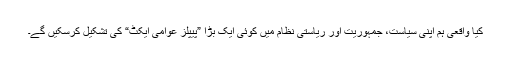
کیا واقعی ہم اپنی سیاست، جمہوریت اور ریاستی نظام میں کوئی ایک بڑا ”پیپلز عوامی ایکٹ“ کی تشکیل کرسکیں گے۔